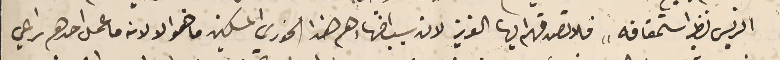
الريس نظير استحقاقه" فلا تصدقهم ايها العزيز لان سبب اظهارهم هذا الخوري المسكين ما هو الا لانه ما عامل احدهم راعي